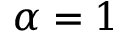
\alpha = 1